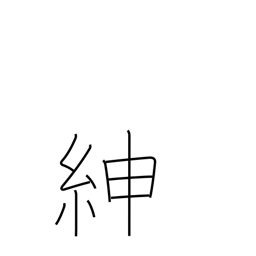
Meaning: good belt